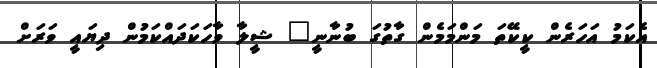
އެކަމު އަހަރެން ކީކޭތަ މަންމަމެން ގާތުގަ ބުނާނީ" ޝީލާ ވާހަކަދައްކަމުން ދިޔައީ ވަރަށް